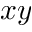
x y